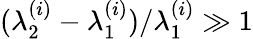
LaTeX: (\lambda_{2}^{(i)}-\lambda_{1}^{(i)})/\lambda_{1}^{(i)}\gg 1